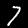
Digit: 7